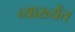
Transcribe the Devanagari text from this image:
व्याख्येंत